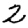
Digit: 2